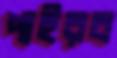
পাইরব